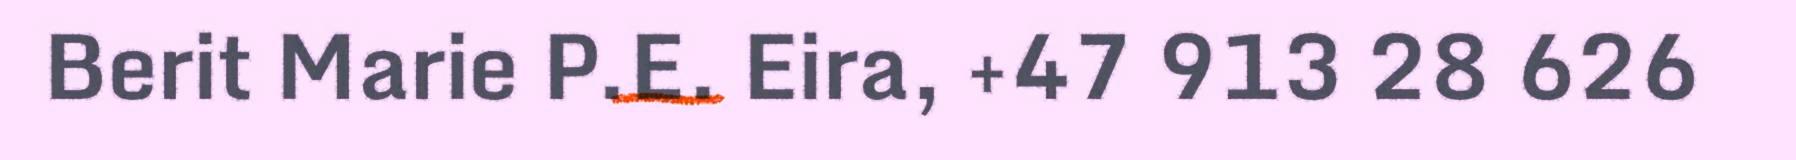
Berit Marie P.E. Eira, +47 913 28 626